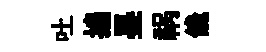
吐揣墨祸饞